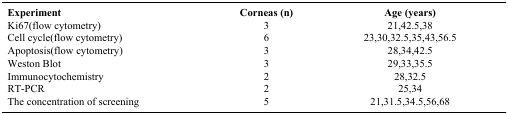
<table><thead><tr><td><b>Experiment</b></td><td><b>Corneas (n)</b></td><td><b>Age (years)</b></td></tr></thead><tbody><tr><td>Ki67(flow cytometry)</td><td>3</td><td>21,42.5,38</td></tr><tr><td>Cell cycle(flow cytometry)</td><td>6</td><td>23,30,32.5,35,43,56.5</td></tr><tr><td>Apoptosis(flow cytometry)</td><td>3</td><td>28,34,42.5</td></tr><tr><td>Weston Blot</td><td>3</td><td>29,33,35.5</td></tr><tr><td>Immunocytochemistry</td><td>2</td><td>28,32.5</td></tr><tr><td>RT-PCR</td><td>2</td><td>25,34</td></tr><tr><td>The concentration of screening</td><td>5</td><td>21,31.5,34.5,56,68</td></tr></tbody></table>